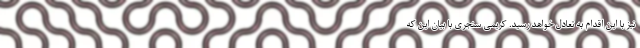
نیز با این اقدام به تعادل خواهد رسید. کریمی‌ سنجری با بیان این که